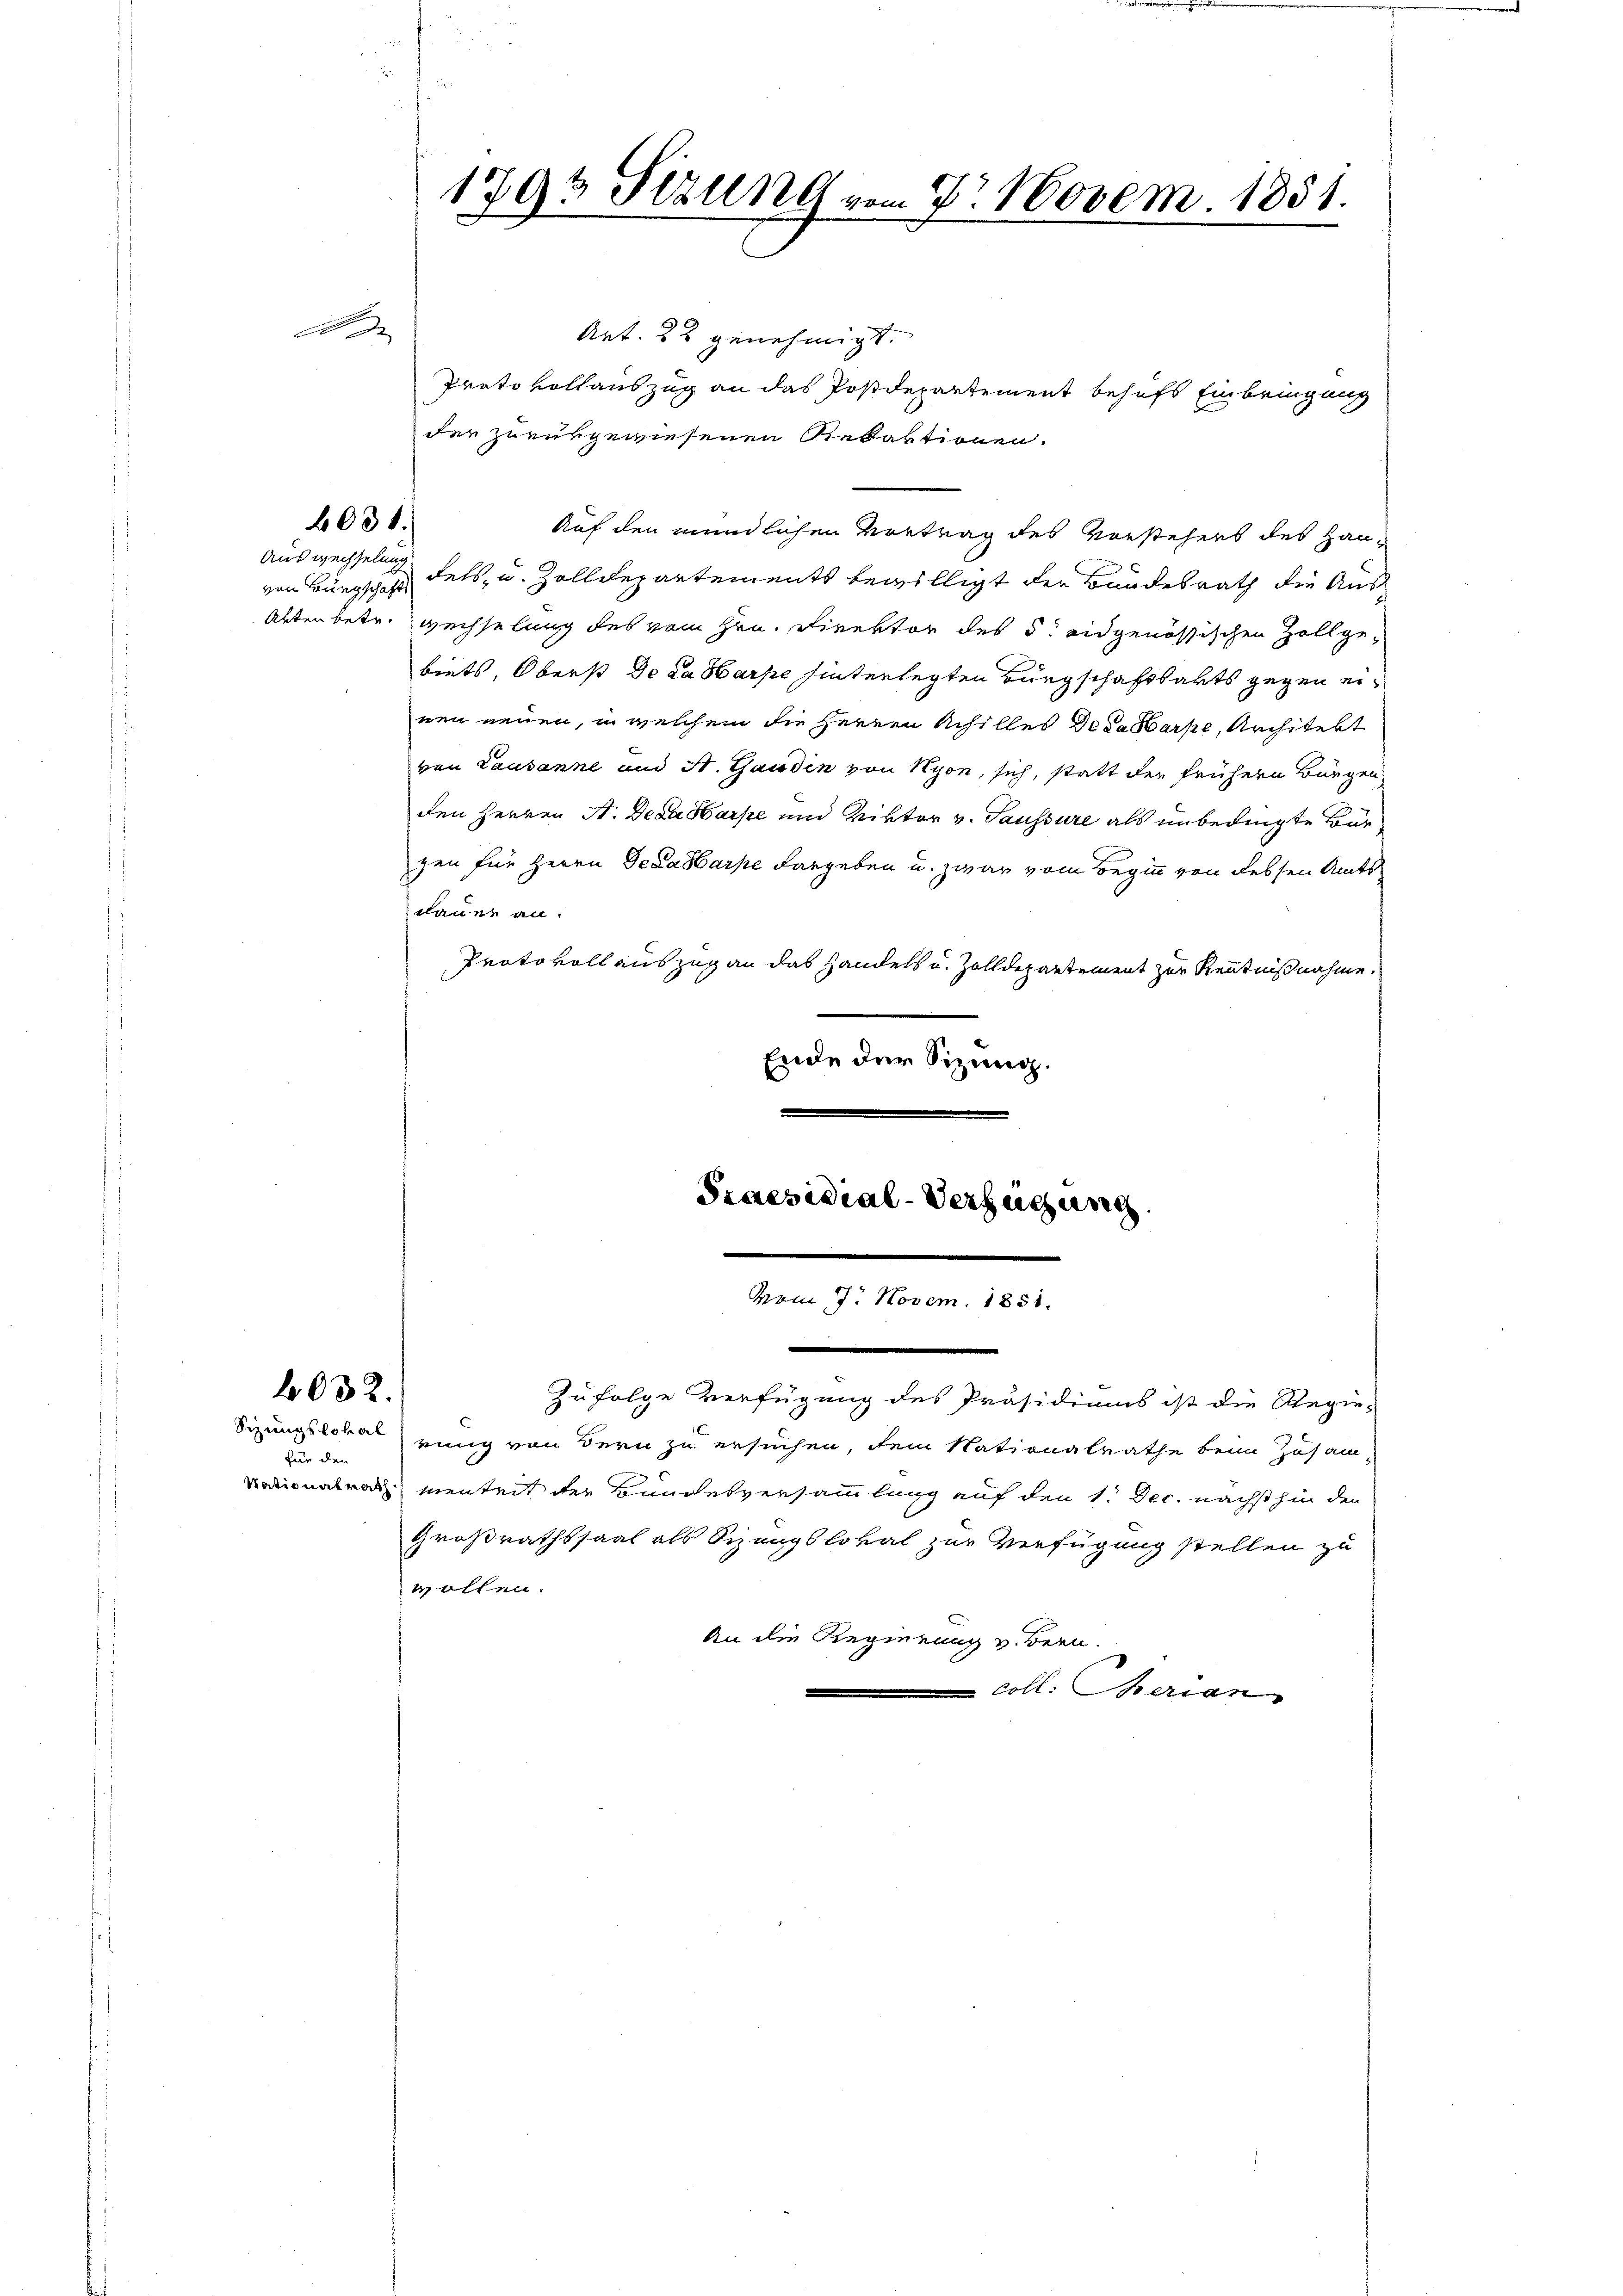
A
Art. 22 genehmigt.
Protokollauszug an das Postdepartement behufs Einbringung
der zurükgewiesenen Redaktionen.
Auf den mündlichen Vortrag des Vorstehers des Hau¬
Auswechselung
von Bürgsche Fels, u. Zolldepartements bewilligt der Bundesrath die Aus
Abten betr. wechselung des vom Hrn. Direktor des 5. eidgenössischen Zollgebiets, Oberst de da Harpe hinterlegten Bürgschaftsarts gegen einen neuen, in welchem die Herren Schilles Desalarpe, Architekt
von Lausanne und St. Gauden von Nyon, sich, statt der frühern Bürgen
den Herren A. Deca Harpe und Riktor v. Saussure als unbedingte Bürzen für Herrn Gedasbarpe dargeben u. zwar vom Beginn von dessen Amtsklauen an.
Protokoll auszug an das Handels u. Zolldepartement zur Kenntnißnahme.
Ende der Sizung.
Praesidial-Verfügung

6031.

2032.

für den

1793 Sizung vom 7. Novem. 1851.

vom 17. Novem. 1851.

.
Zufolge Verfügung des Präsidiums ist die Regie-
Sizungslokal einig von Bern zu ersuchen, dem Nationalrathe beim Zusam-
dionalrat nenheit der Bundesversammlung auf den 1. Dec. nächsthin den
Großrathssaal als Sizungslokal zur Verfügung stellen zu
wollen.
An die Regierung v. Bern.
coll. Therian